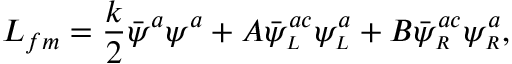
L _ { f m } = \frac { k } { 2 } \bar { \psi } ^ { a } \psi ^ { a } + A \bar { \psi } _ { \scriptscriptstyle L } ^ { a c } \psi _ { \scriptscriptstyle L } ^ { a } + B \bar { \psi } _ { \scriptscriptstyle R } ^ { a c } \psi _ { \scriptscriptstyle R } ^ { a } ,